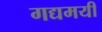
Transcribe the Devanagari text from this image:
गद्यमयी